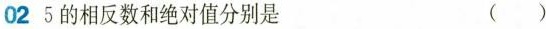
02 5的相反数和绝对值分别是 ()